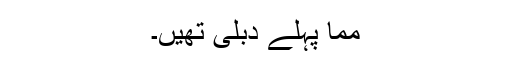
مما پہلے دبلی تھیں۔